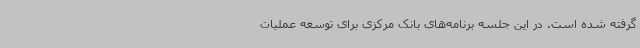
گرفته شده است. در این جلسه برنامه‌های بانک مرکزی برای توسعه عملیات